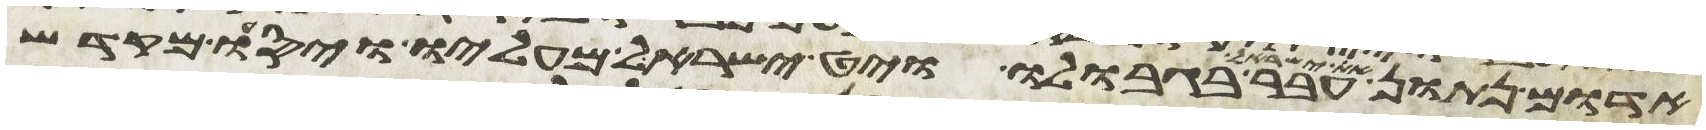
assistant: אדום נתון את ישראל עבר בגבולו ויט ישראל מעליו ויסעו מקדש